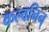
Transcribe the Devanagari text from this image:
कल्वनिन्